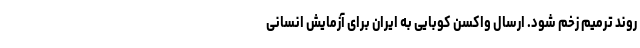
روند ترمیم زخم شود. ارسال واکسن کوبایی به ایران برای آزمایش انسانی